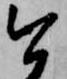
今